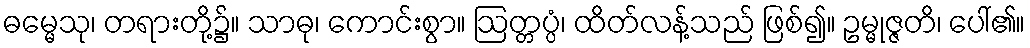
ဓမ္မေသု၊ တရားတို့၌။ သာဓု၊ ကောင်းစွာ။ ဩတ္တပ္ပံ၊ ထိတ်လန့်သည် ဖြစ်၍။ ဥမ္မုဇ္ဇတိ၊ ပေါ်၏။